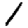
Digit: 1